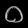
Digit: ၀